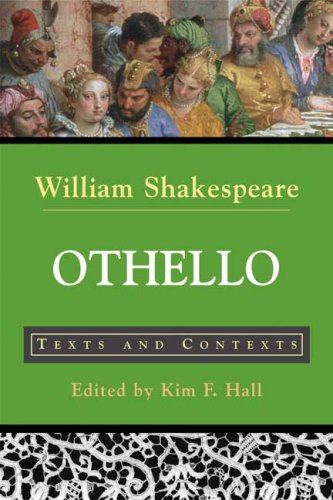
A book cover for Othello: Texts and Contexts (The Bedford Shakespeare Series); William Shakespeare; Literature & Fiction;